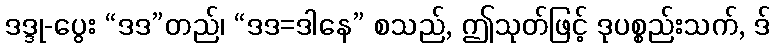
ဒဒ္ဒု-ပွေး “ဒဒ”တည်၊ “ဒဒ=ဒါနေ” စသည်, ဤသုတ်ဖြင့် ဒုပစ္စည်းသက်, ဒ်